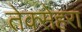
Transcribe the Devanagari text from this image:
तेक्सेहरा